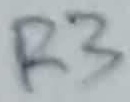
Text: R3